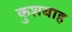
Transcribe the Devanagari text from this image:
कुशबाह